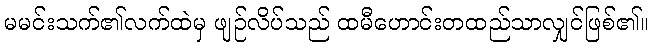
မမင်းသက်၏လက်ထဲမှ ဖျဉ်လိပ်သည် ထမီဟောင်းတထည်သာလျှင်ဖြစ်၏။